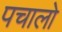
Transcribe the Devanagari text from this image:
पचालो